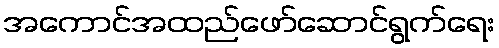
အကောင်အထည်ဖော်ဆောင်ရွက်ရေး